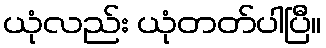
ယုံလည်း ယုံတတ်ပါပြီ။